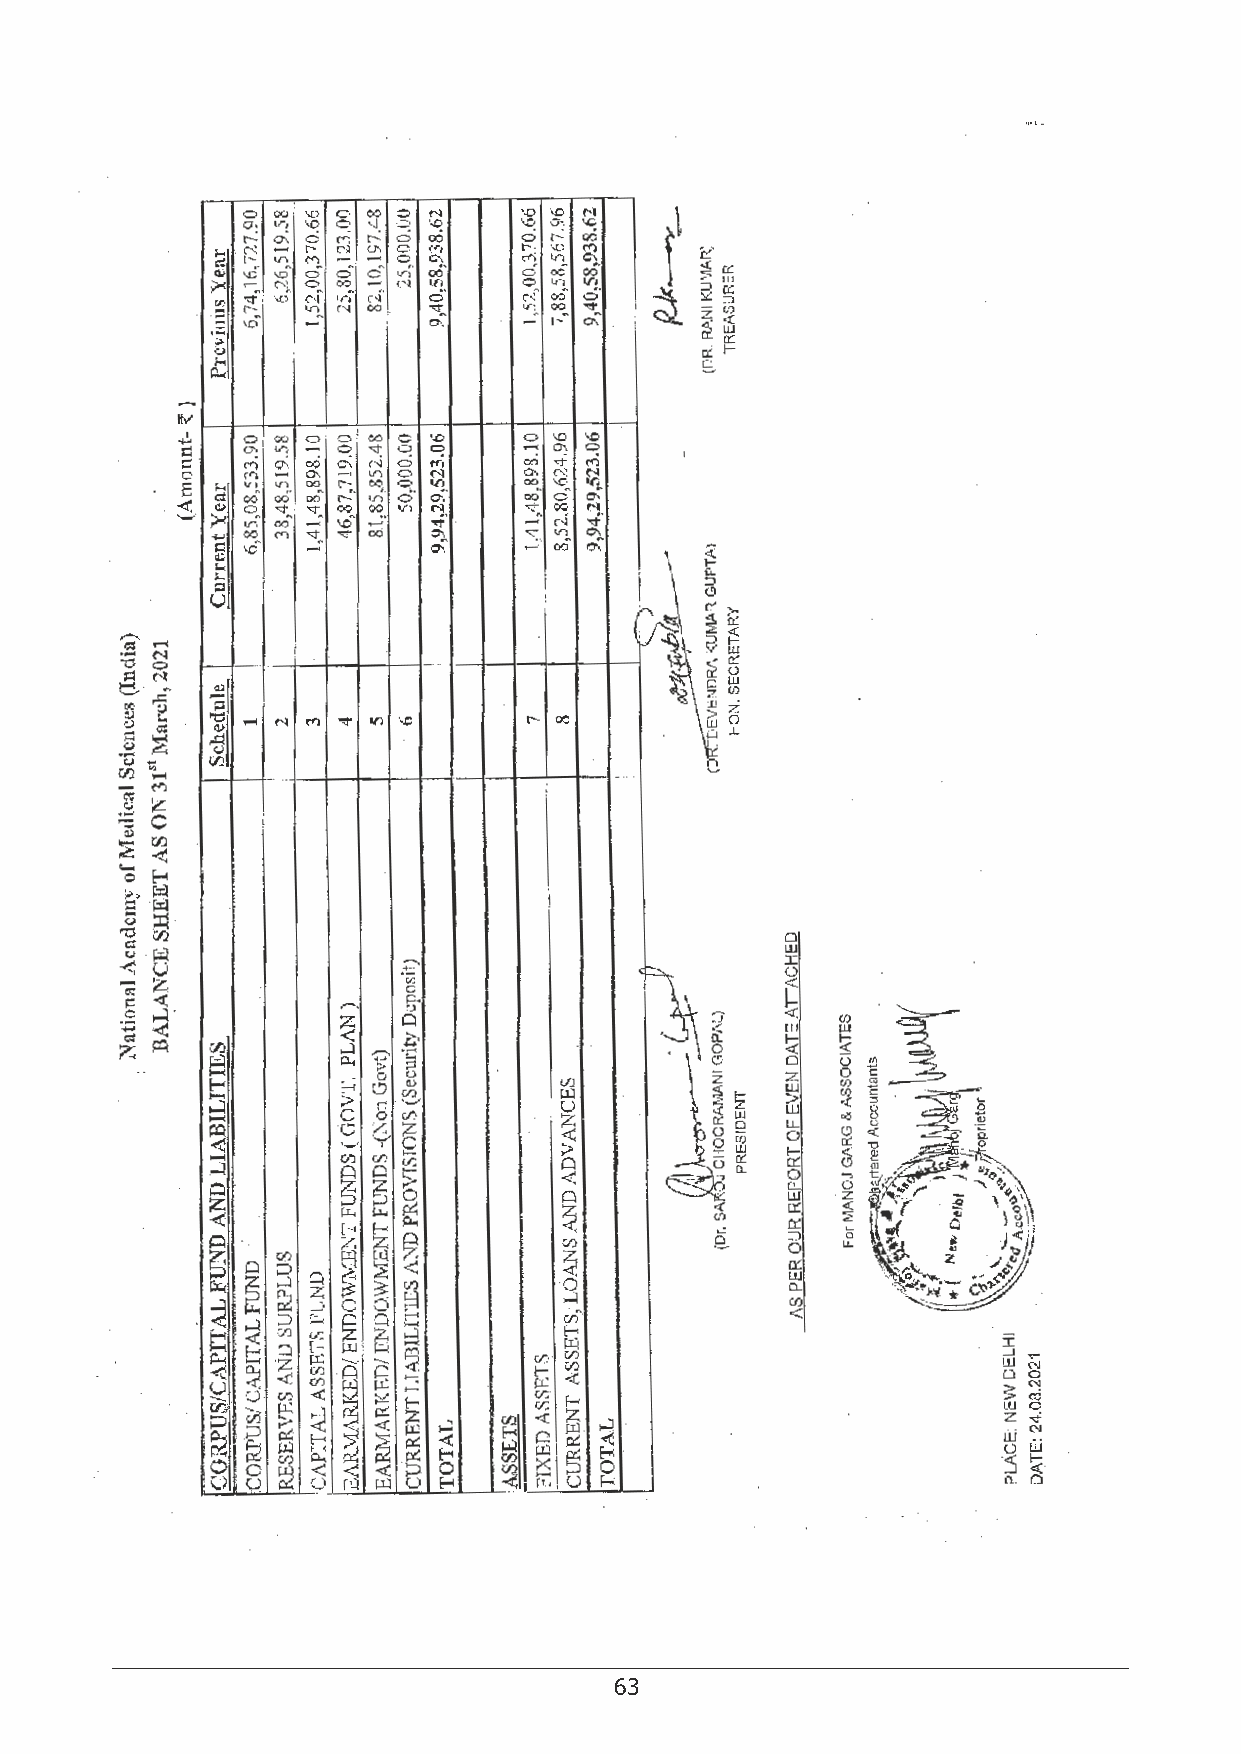
62                                       63